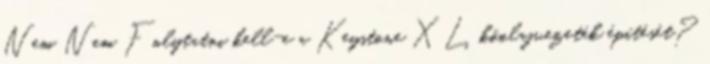
Nem Nem Folytatni kell-e a Keystone XL kőolajvezeték építését?